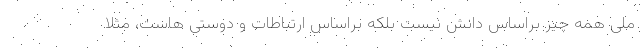
ملی همه چیز براساس دانش نیست بلکه براساس ارتباطات و دوستی هاست، مثلا